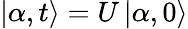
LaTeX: \left|\alpha,t\right\rangle=U\left|\alpha,0\right\rangle